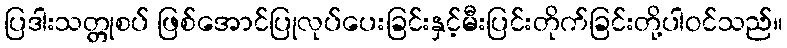
ပြဒါးသတ္တုစပ် ဖြစ်အောင်ပြုလုပ်ပေးခြင်းနှင့်မီးပြင်းတိုက်ခြင်းတို့ပါဝင်သည်။